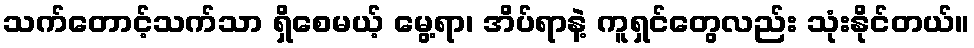
သက်တောင့်သက်သာ ရှိစေမယ့် မွေ့ရာ၊ အိပ်ရာနဲ့ ကူရှင်တွေလည်း သုံးနိုင်တယ်။